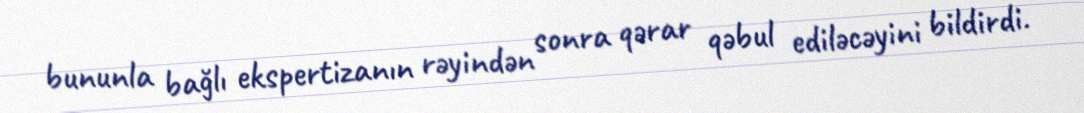
bununla bağlı ekspertizanın rəyindən sonra qərar qəbul ediləcəyini bildirdi.